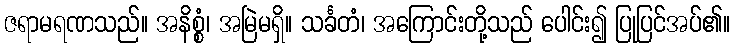
ဇရာမရဏသည်။ အနိစ္စံ၊ အမြဲမရှိ။ သင်္ခတံ၊ အကြောင်းတို့သည် ပေါင်း၍ ပြုပြင်အပ်၏။